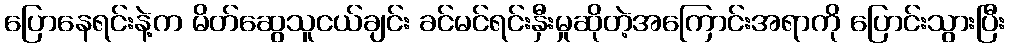
ပြောနေရင်းနဲ့က မိတ်ဆွေသူငယ်ချင်း ခင်မင်ရင်းနှီးမှုဆိုတဲ့အကြောင်းအရာကို ပြောင်းသွားပြီး